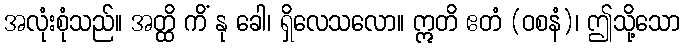
အလုံးစုံသည်။ အတ္ထိ ကိံ နု ခေါ၊ ရှိလေသလော။ ဣတိ ဧတံ (ဝစနံ)၊ ဤသို့သော